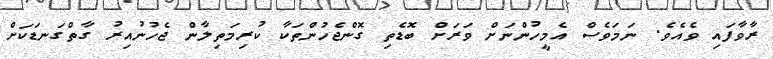
ރާވާފައި ވެއެވެ. ނަމަވެސް އެމީހުންނަށް ވަރަށް ބޮޑެތި ގޮންޖެހުންތަކާ ކުރިމަތިލާން ޖެހުނުއިރު ގާތްގަނޑަކަށް